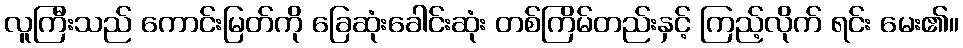
လူကြီးသည် ကောင်းမြတ်ကို ခြေဆုံးခေါင်းဆုံး တစ်ကြိမ်တည်းနှင့် ကြည့်လိုက် ရင်း မေး၏။